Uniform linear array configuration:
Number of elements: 32
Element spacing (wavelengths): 0.75
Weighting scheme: cosine
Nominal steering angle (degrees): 45
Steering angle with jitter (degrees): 46.62
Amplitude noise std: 0.05
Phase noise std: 0.05

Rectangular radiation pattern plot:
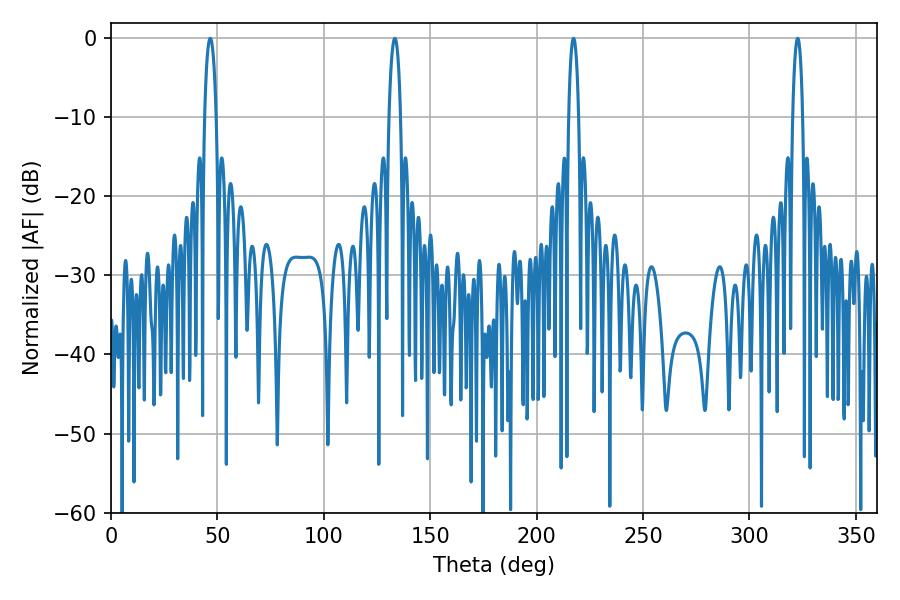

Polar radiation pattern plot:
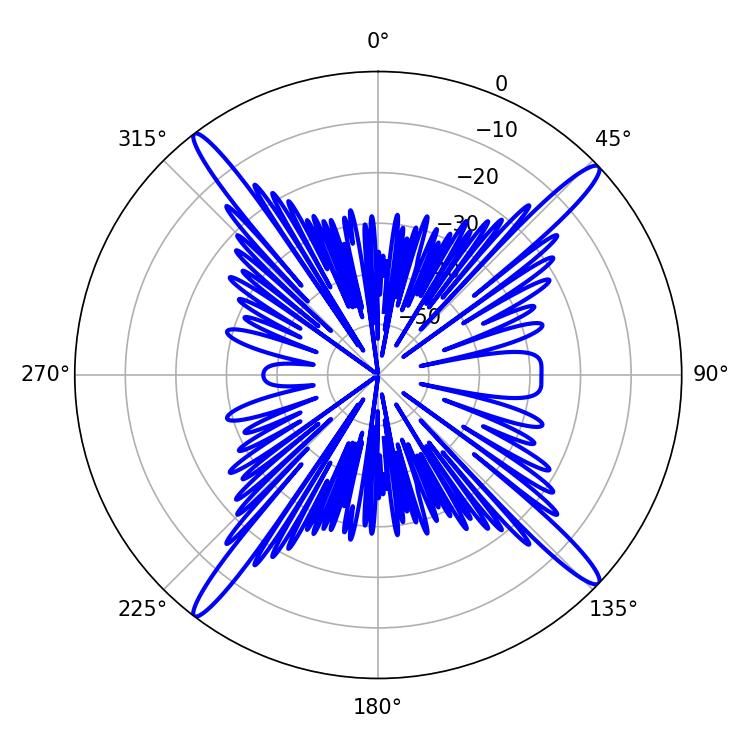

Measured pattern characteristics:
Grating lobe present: TRUE
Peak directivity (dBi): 18.959
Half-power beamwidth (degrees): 3.06
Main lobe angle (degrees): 46.62